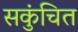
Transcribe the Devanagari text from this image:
सकुंचित